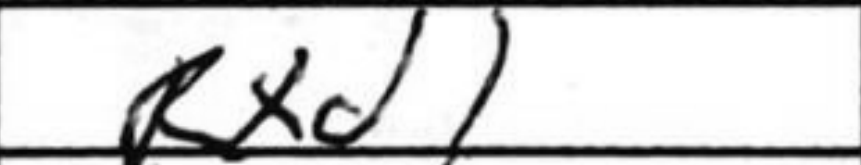
Transcription: Rxd1